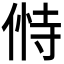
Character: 𬾸